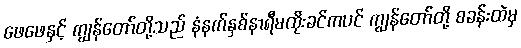
ဖေဖေနှင့် ကျွန်တော်တို့သည် နံနက်နှစ်နာရီမထိုးခင်ကပင် ကျွန်တော်တို့ စခန်းထဲမှ